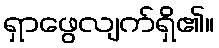
ရှာဖွေလျက်ရှိ၏။